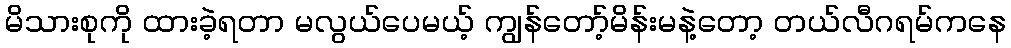
မိသားစုကို ထားခဲ့ရတာ မလွယ်ပေမယ့် ကျွန်တော့်မိန်းမနဲ့တော့ တယ်လီဂရမ်ကနေ